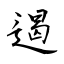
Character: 遏